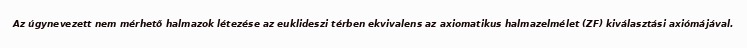
Az úgynevezett nem mérhető halmazok létezése az euklideszi térben ekvivalens az axiomatikus halmazelmélet (ZF) kiválasztási axiómájával.